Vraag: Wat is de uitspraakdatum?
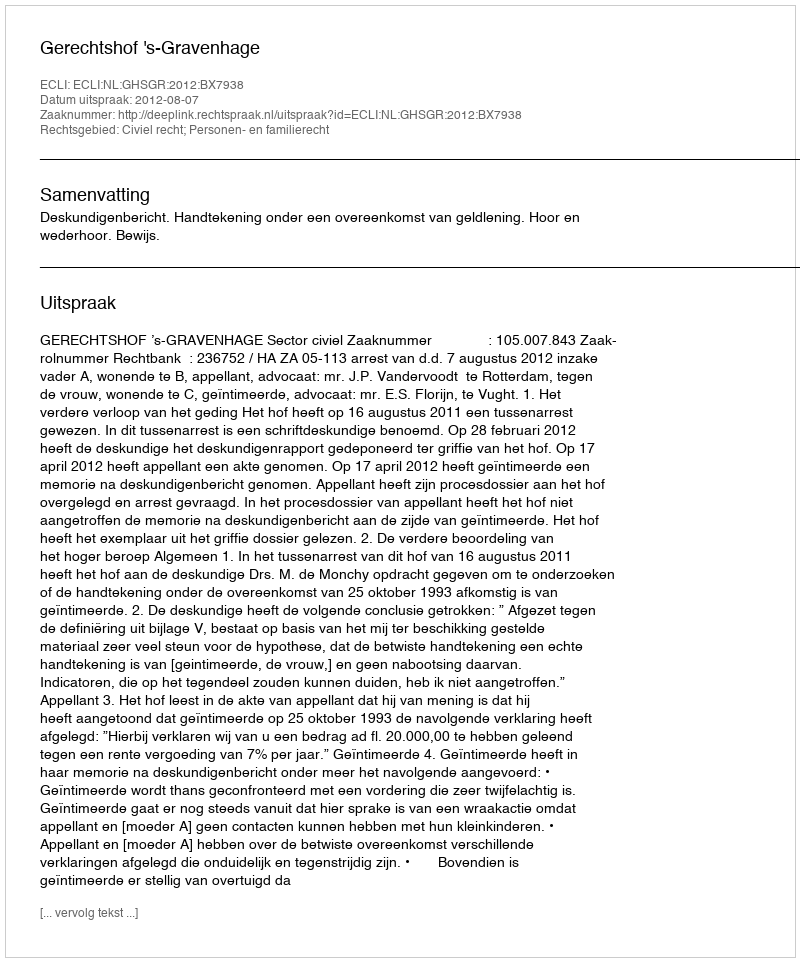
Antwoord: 2012-08-07